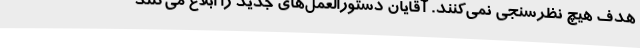
هدف هیچ نظرسنجی نمی‌کنند. آقایان دستورالعمل‌های جدید را ابلاغ می‌کنند